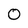
Character: 0